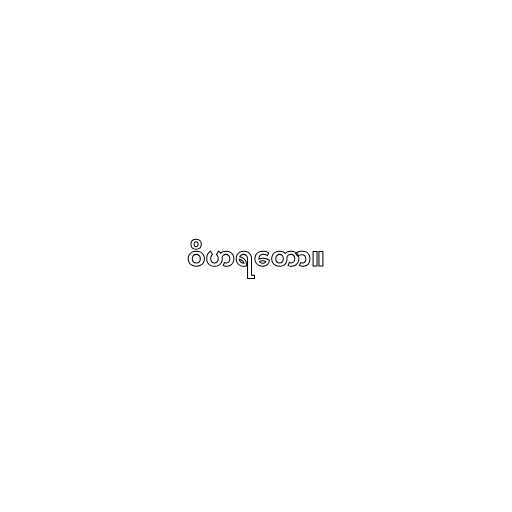
ဝိဟရတော။